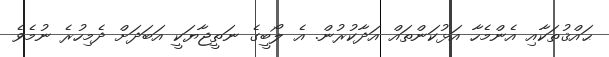
ޙައްޤުތަކާއި އެންމެހާ އަޅުކަންތައް އަދާކުރުން. އެ ލޯބީގެ ނަތީޖާޔަކީ އަބަދަށް ދެމިހުރެ ނުމެވެ